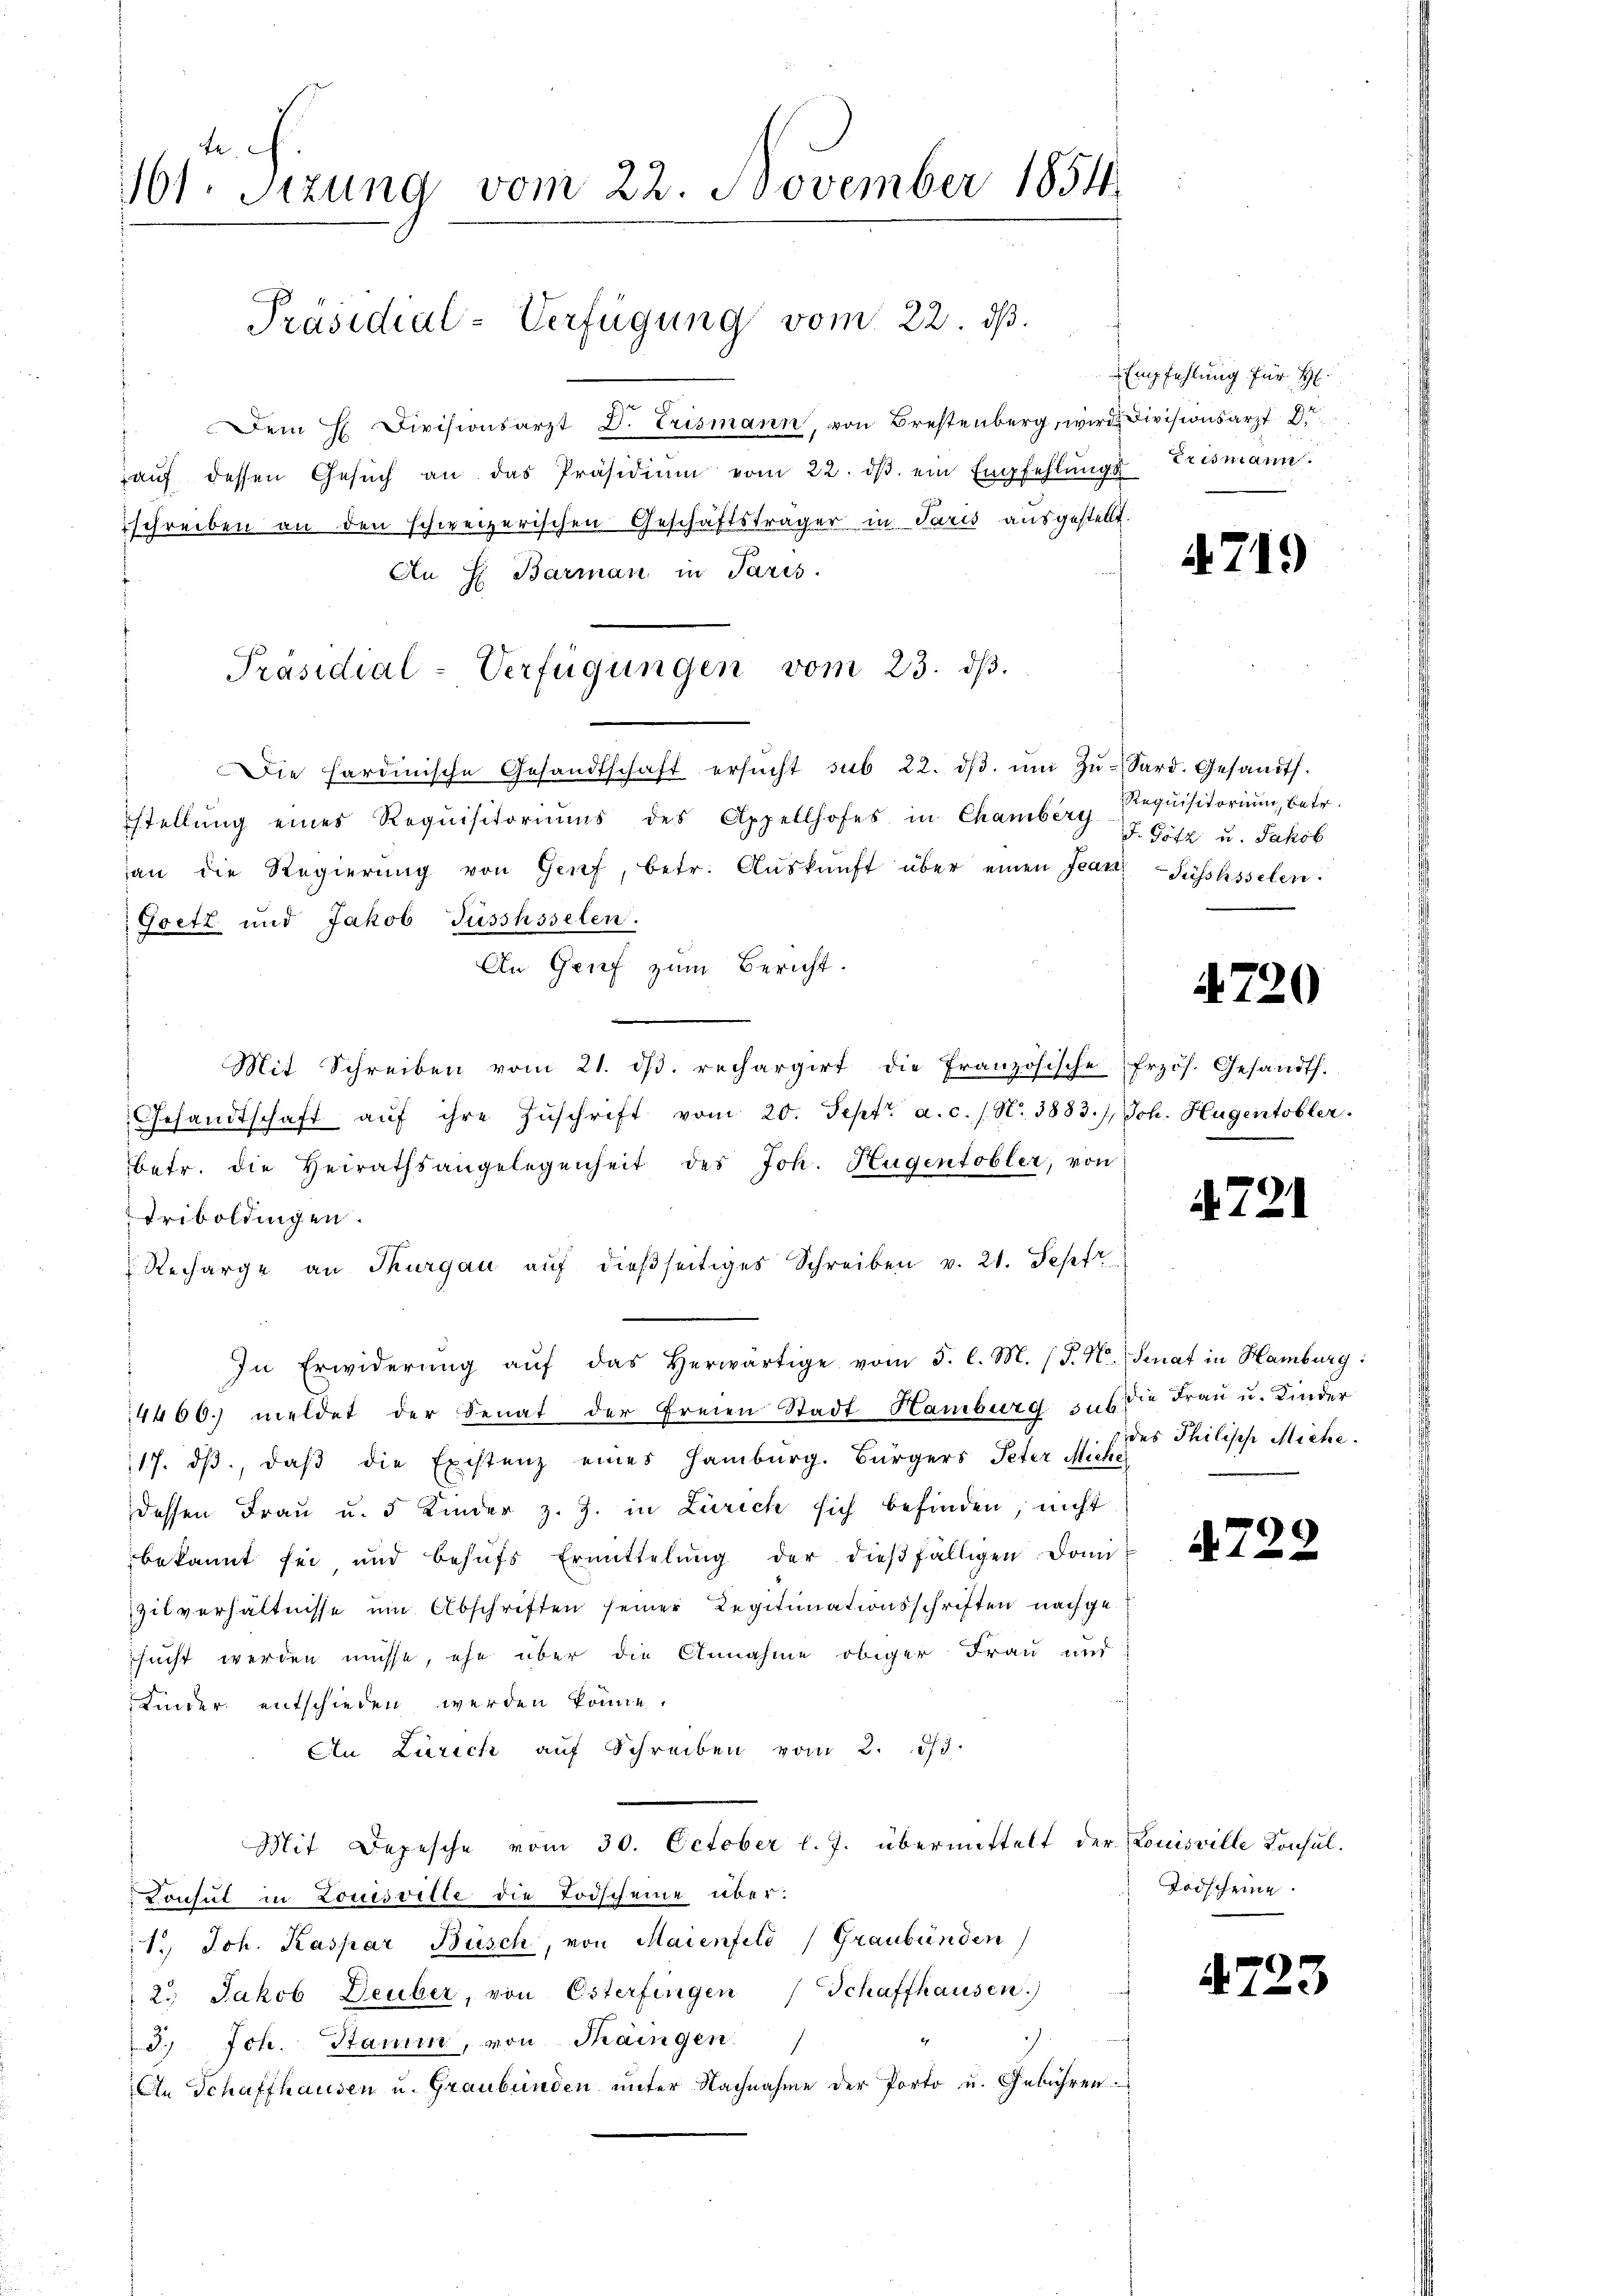
161 Sizung vom 22. November 1854
Präsidial-Verfügung vom 22. ds.

Dem H Divisionsarzt D. Trismann, von Brestenberg, wird Divisionsarzt Dr
aŭf dessen Gesŭch an das Präsidiŭm vom 22. dβ ein Empfehlŭngs-Erismann.
schreiben an den schweizerischen Geschäftsträger in Paris ausgestellt.
Die hardinische Gesandtschaft ersŭcht sub 22. dβ ŭm Zŭ- Sard. Gesandts.
stellŭng eines Requisitoriŭms des Appellhofes in Chamberg (T. Götz u. Jakob
an die Regierŭng von Genf, betr. Aŭskŭnft über einen Jean Füsshsselen.
Goetz und Jakob Füsshsselen.
An Grief zum Bericht.
Mit Schreiben vom 21. dβ. rechargirt die Französische frzös. Gesandts.
Gesandtschaft aŭf ihre Zŭschrift vom 20. Sept. a. c. s. N. 3883), Joh. Hugentobler.
Betr. die Heirathsangelegenheit des Joh. Hugentobler, von
Friboldingen.
Recharge an Thurgau aŭf dießseitiges Schreiben v. 21. Sepfr
In Erwiderŭng aŭf das herwärtige vom 5. l. M. (T. V. Senat in Hamburg:
4460. meldet der Senat der freien Stadt Hamburg u. s. die Frau u. Kinder
117. dβ, daβ die Existenz eines Hamburg. Bürgers Peter Miche
dessen Frau u. 5 Kinder z. Z. in Zürich sich befinden, nicht
bekannt sei und behŭfs Ermittelung der dießfälligen Domi
zilverhältnisse um Abschriften seiner Legitimationsschriften nachgesucht werden müsse, ehe über die Annahme obiger Frau und
Kinder entschieden werden könne.
An Zürich auf Schreiben vom 2. ds.
Mit Depesche vom 30. October l. J. übermittelt der Louisville Konsul¬
Konsul in Louisville die Todscheine über¬
1. Joh. Kaspar Büsch, von Maienfeld (Graubünden
2. Jakob Deuber, von Österfingen (Schaffhausen)
3.) Joh. Stamm, von Raingen.
An Schaffhausen u. Graubünden unter Nachnahme der Porto u. Gebühren.

An H. Barman in Paris.
Präsidial-Verfügungen vom 23. dβ.

Empfehlung für H

4719

Requisitorium, betr.

4720

4. 731

des Philische Miche.

d 728.

Todscheine.

7.

3